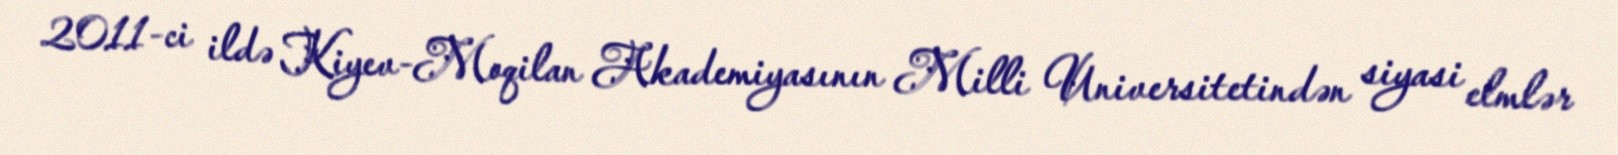
2011-ci ildə Kiyev-Moqilan Akademiyasının Milli Universitetindən siyasi elmlər